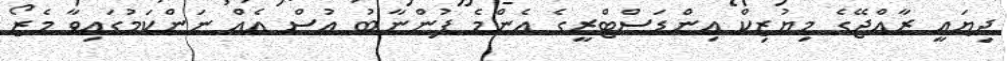
ދިޔައީ ރާއްޖޭގެ މިޔުޒިކް އިންޑަސްޓްރީގެ އެންމެ ފުންނާބު އުސް އެއް ނަންކަމުގައިވާ މެޒޯ